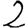
Digit: 2